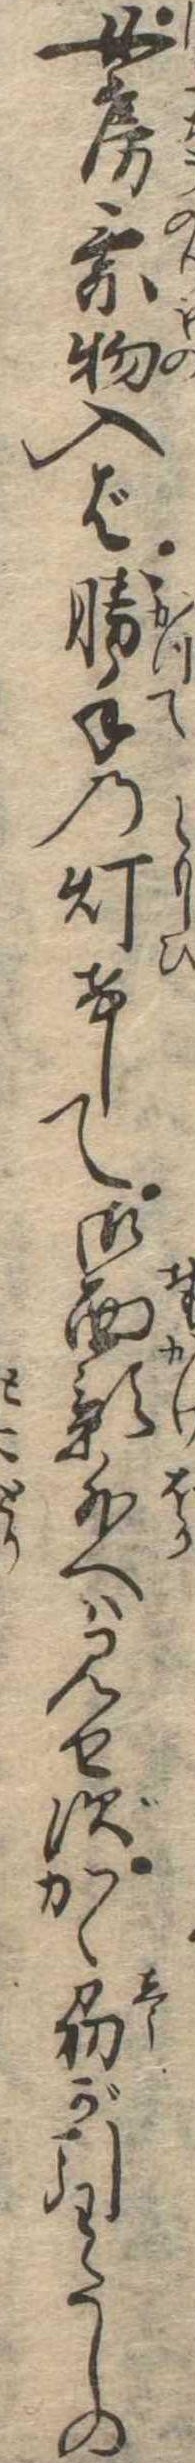
女房乗物入ば勝手の灯けして御面影外へは見せずかゝ刕が引わたしの